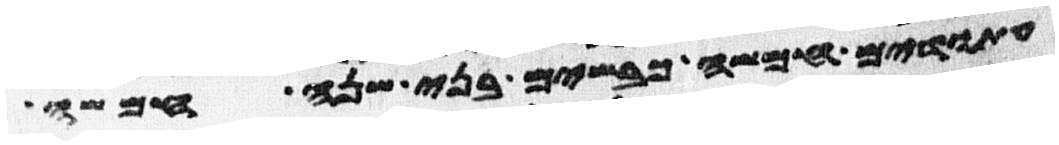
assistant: עתודים חמשה כבשים בני שנה חמשה